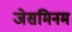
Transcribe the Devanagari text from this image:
जेसमिनम